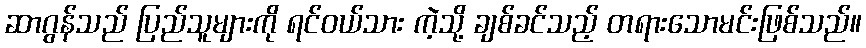
ဆာဂွန်သည် ပြည်သူများကို ရင်ဝယ်သား ကဲ့သို့ ချစ်ခင်သည့် တရားသောမင်းဖြစ်သည်။